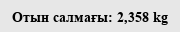
Отын салмағы: 2,358 kg